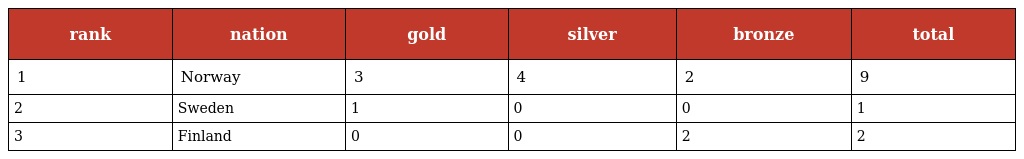
| rank | nation | gold | silver | bronze | total |
 | --- | --- | --- | --- | --- | --- |
 | 1 | Norway | 3 | 4 | 2 | 9 |
 | 2 | Sweden | 1 | 0 | 0 | 1 |
 | 3 | Finland | 0 | 0 | 2 | 2 |